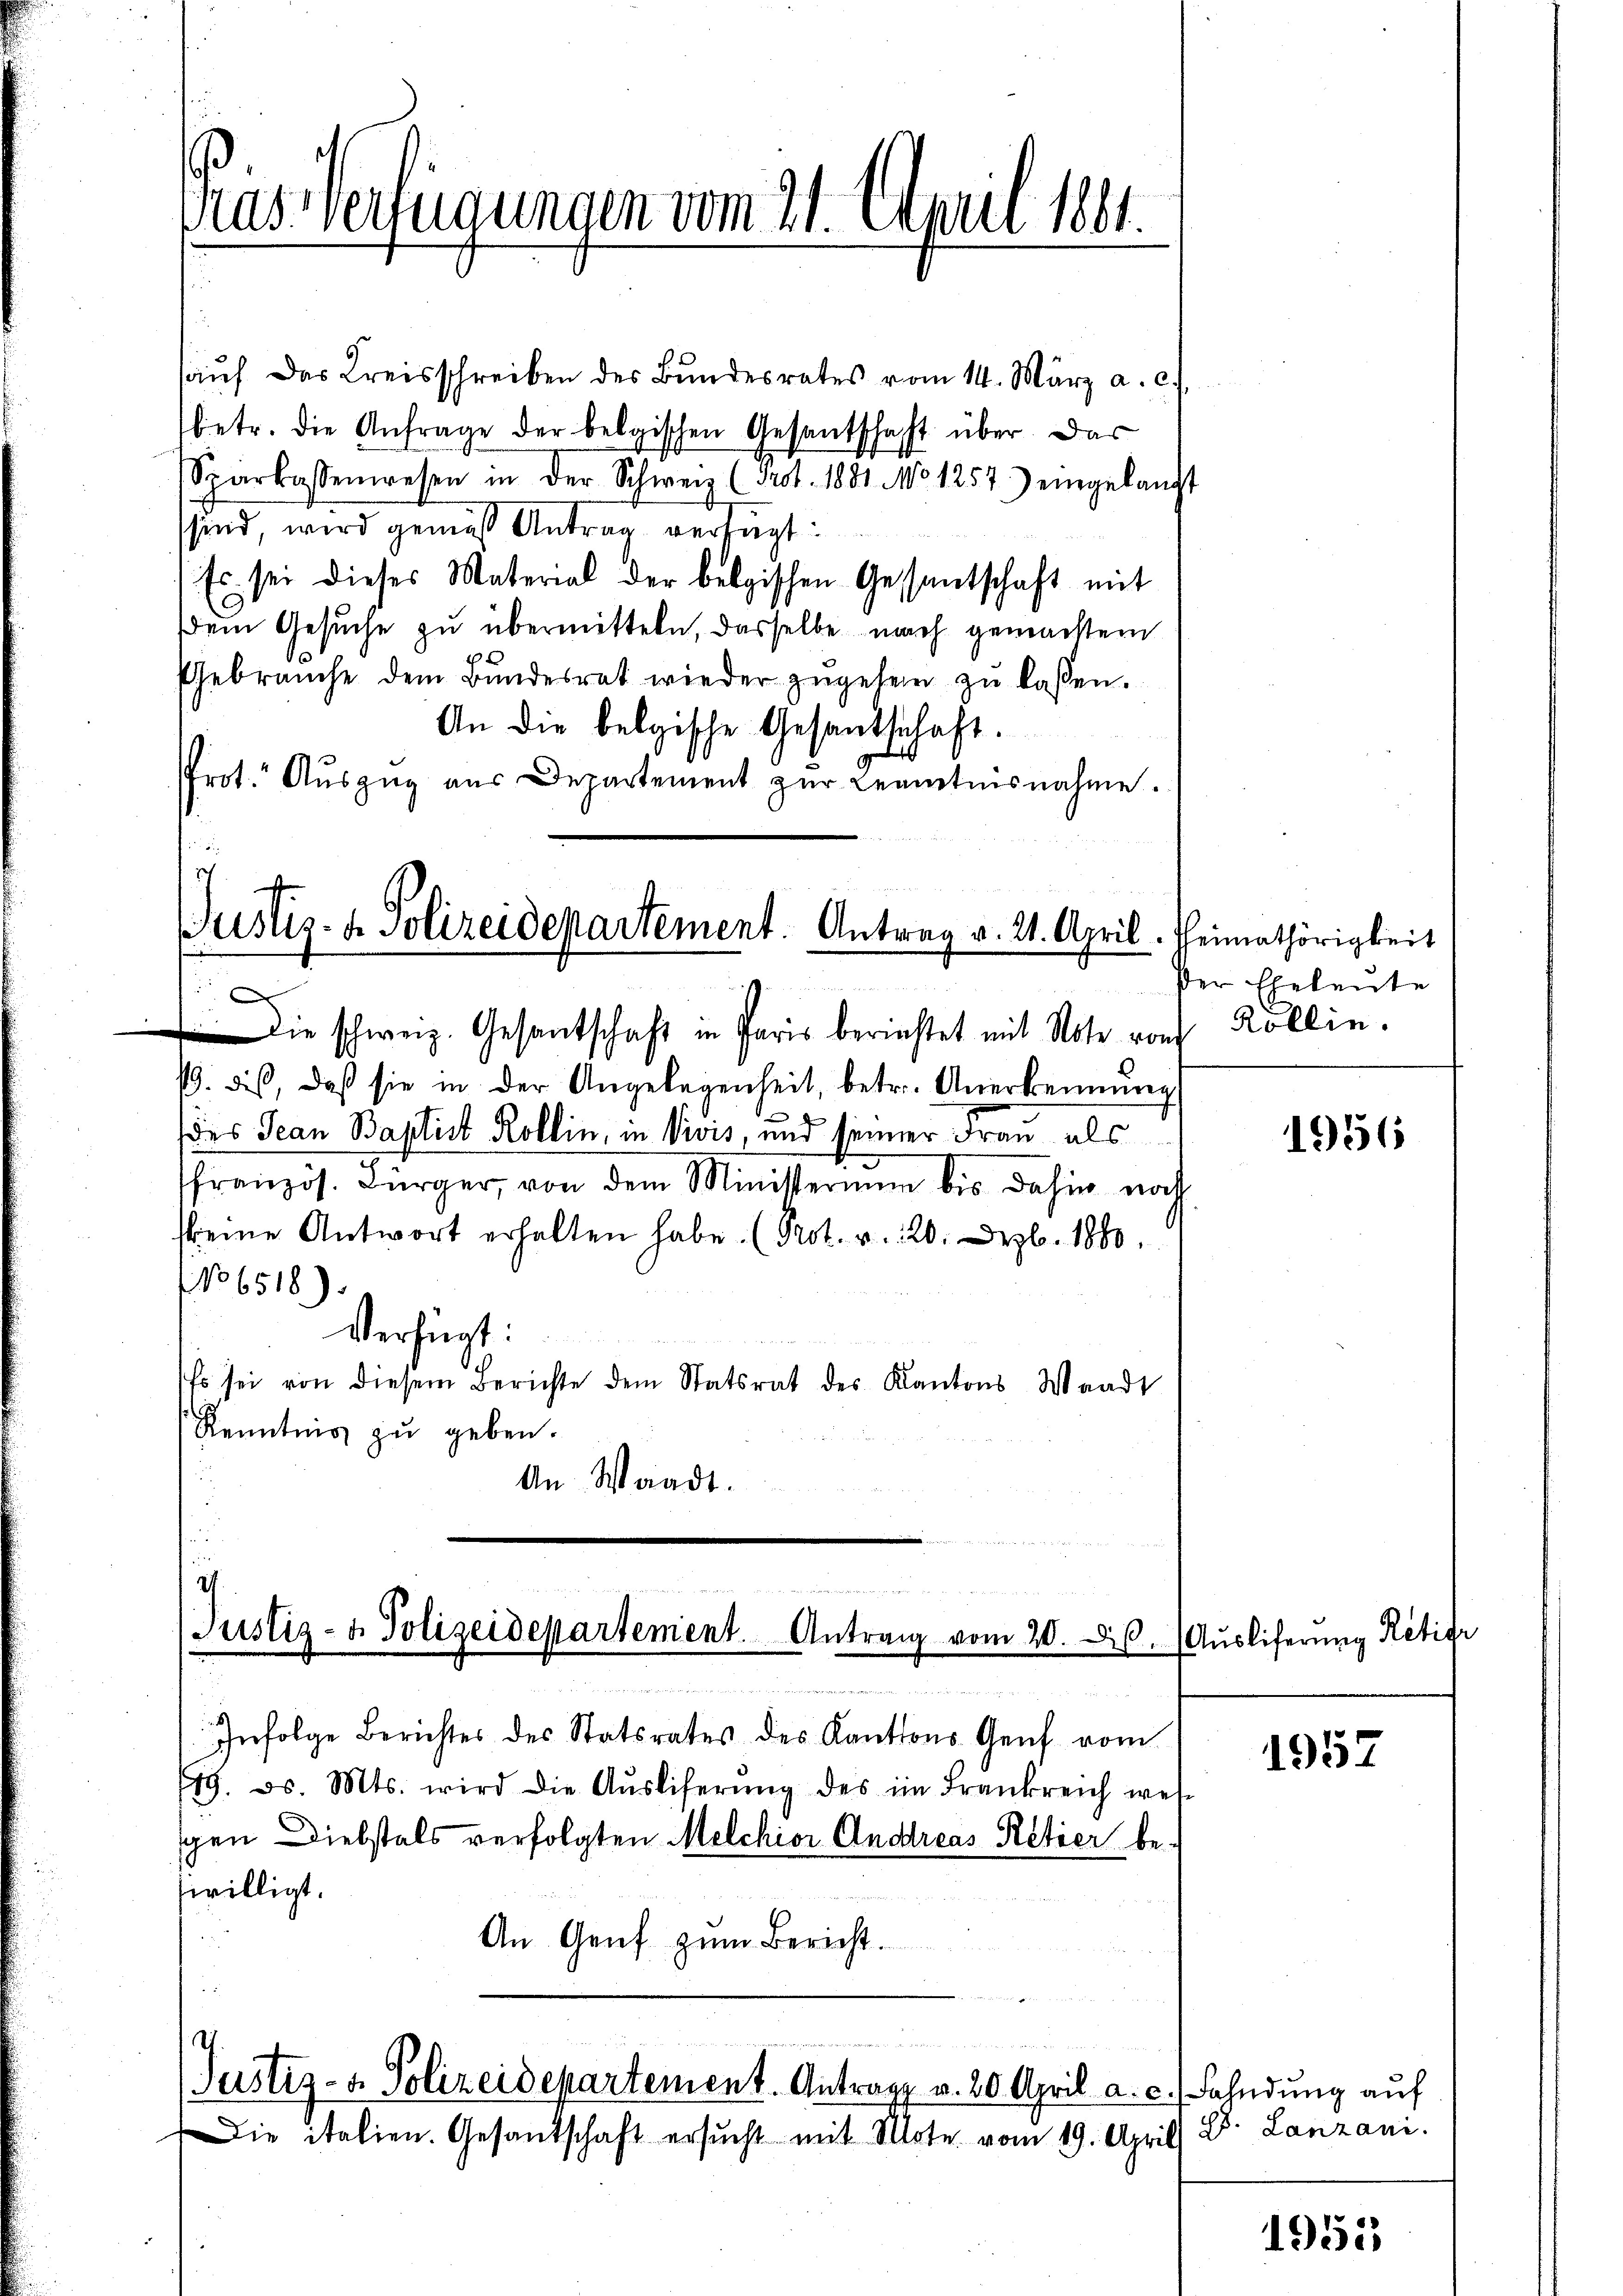
Das Verfügungen vom 21. April 1881.

aŭf das Kreisschreiben des Bŭndesrates vom 14. März a. c.
betr. die Anfrage der belgischen Gesantschaft über das
Sparkassenwesen in der Schweiz (Prot. 1881 No 1257) eingekaŭft
sind, wird gemäss Antrag verfügt:
Es sei dieses Material der belgischen Gesantschaft mit
dem Gesuche zu übermitteln, dasselbe nach gemachten
Gebrauche dem Bŭndesrat wieder zŭgehen zŭ lassen.
An die belgische Gesandschaft.
0
9
Prot. Aŭszŭg aŭs Departement zŭr Beamtesnahme.

Justiz- & Polizeidepartement. Antrag v. 21. April.

Die schweiz. Gesantschaft in Paris berichtet mit Note von Kollin.
19. dis, daß sie in der Angelegenheit, betr. Anerkennung
des Jean Baptist Rollin, in Nivis, und seiner Frau als
ffranzös. Bürger, von dem Ministerium bis dahin noch
skeine Antwort erhalten habe. (Prot. v. 220. Dezb. 1880.
No 6518).
Verfügt:
Es sei von diesem Berichte dem Statsrat des Kantons Waadt
Kenntnis zu geben.
An Waadt.

i
Justiz- & Polizeidepartement. Antrag vom

I
Justiz- & Polizeidepartement. Antrage v. 20 April a. c.) Fahndung auf

Infolge Berichtes des Statsrates des Kantons Genf vom
179. d. Mts. wird die Aŭsliferŭng des im Frankreich wel
schen Diebstals verfolgten Melchior Andreas Retier bewilligt.
An Genf zum Bericht.

Die italien. Gesandschaft ersŭcht mit Mote vom 19. April 88. Lanzani.

heimathörigkeit
Der Eheleute

1956

. Auslieferung Ratifi

1957

1952